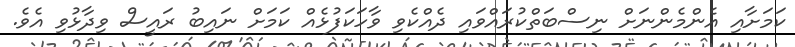
ކަމަށާއި އެންމެންނަށް ނިސްބަތްކުރައްވައި ދެއްކެވި ވާހަކަފުޅެއް ކަމަށް ނައިބު ރައީސް ވިދާޅުވި އެވެ.